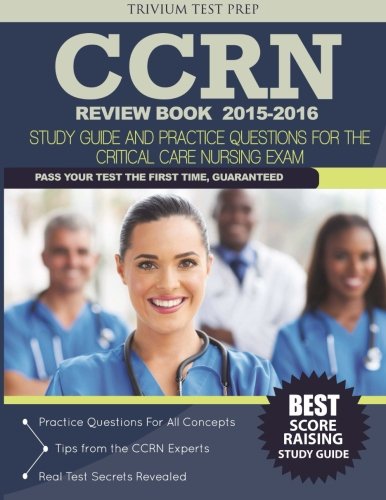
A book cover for CCRN Review Book 2015-2016: CCRN Study Guide and Practice Questions for the Critical Care Nursing Exam; CCRN Review Book Team; Test Preparation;